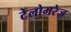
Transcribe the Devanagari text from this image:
टेलोमरेज़